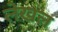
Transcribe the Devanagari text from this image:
लेखल